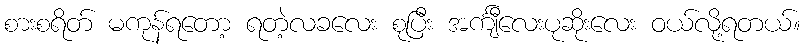
စားစရိတ် မကုန်ရတော့ ရတဲ့လခလေး စုပြီး အင်္ကျီလေးပုဆိုးလေး ဝယ်လို့ရတယ်။